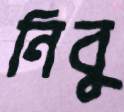
নিবু